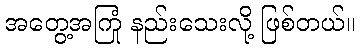
အတွေ့အကြုံ နည်းသေးလို့ ဖြစ်တယ်။